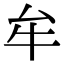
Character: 牟